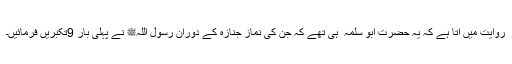
روایت میں آتا ہے کہ یہ حضرت ابو سلمہ ؓ ہی تھے کہ جن کی نماز جنازہ کے دوران رسول اللہﷺ نے پہلی بار 9تکبریں فرمائیں۔